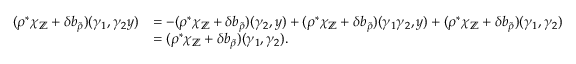
\begin{array} { r l } { ( \rho ^ { * } \chi _ { \mathbb { Z } } + \delta b _ { \widetilde { \rho } } ) ( \gamma _ { 1 } , \gamma _ { 2 } y ) } & { = - ( \rho ^ { * } \chi _ { \mathbb { Z } } + \delta b _ { \widetilde { \rho } } ) ( \gamma _ { 2 } , y ) + ( \rho ^ { * } \chi _ { \mathbb { Z } } + \delta b _ { \widetilde { \rho } } ) ( \gamma _ { 1 } \gamma _ { 2 } , y ) + ( \rho ^ { * } \chi _ { \mathbb { Z } } + \delta b _ { \widetilde { \rho } } ) ( \gamma _ { 1 } , \gamma _ { 2 } ) } \\ & { = ( \rho ^ { * } \chi _ { \mathbb { Z } } + \delta b _ { \widetilde { \rho } } ) ( \gamma _ { 1 } , \gamma _ { 2 } ) . } \end{array}